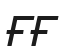
ҒҒ